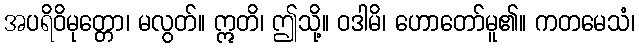
အပရိဝိမုတ္တော၊ မလွတ်။ ဣတိ၊ ဤသို့။ ဝဒါမိ၊ ဟောတော်မူ၏။ ကတမေသံ၊